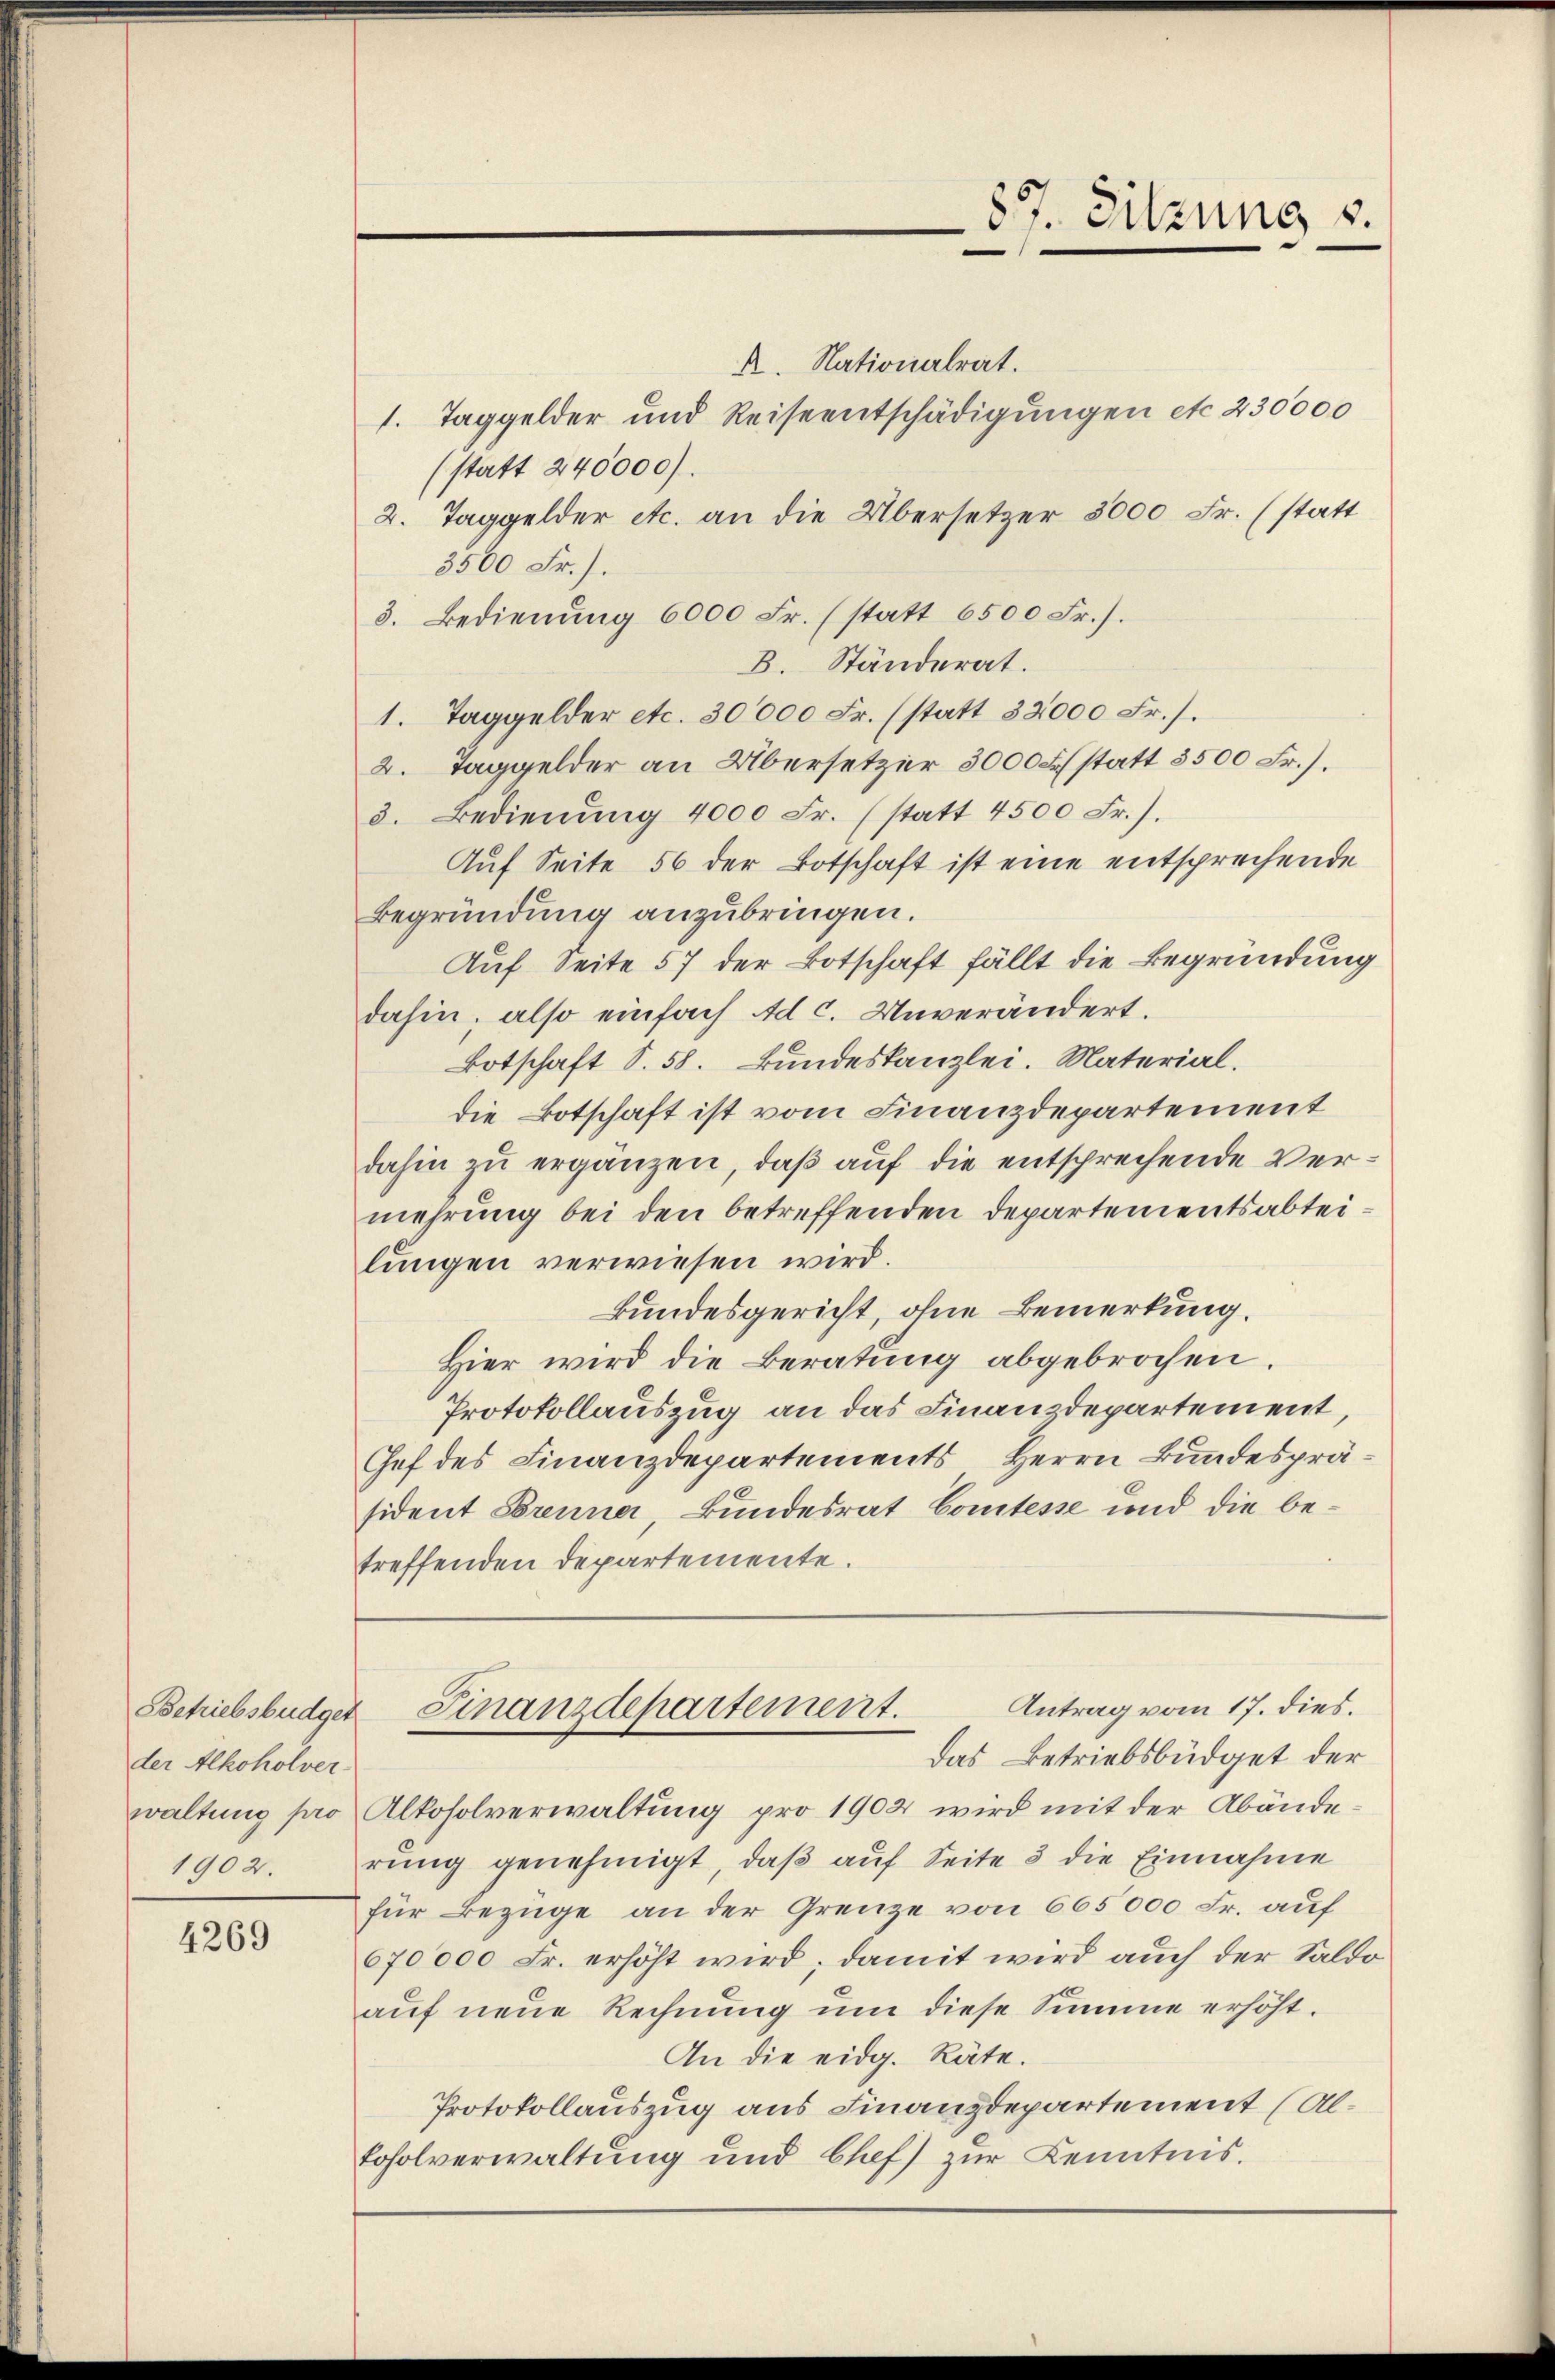
der Alkoholverwaltung pro

4269

A. Nationalrat.
1. Taggelder und Reiseentschädigungen etc. 230000
(statt 240000).
2. Taggelder etc. an die Übersetzer 3000 Fr. (statt
3500 Fr.).
3. Bedienung 6000 Fr. (statt 6500 Fr.).
B. Ständerat.
1. Taggelder etc. 30000 Fr. (statt 32000 Fr.).
2. Taggelder an Übersetzer 3000 Fr. statt 3500 Fr.).
3. Bedienung 4000 Fr. (statt 4500 Fr.).
Auf Seite 56 der Botschaft ist eine entsprechende
Begründung anzubringen.
Auf Seite 57 der Botschaft fällt die Begründung
dahin, also einfach Ad c. Unverändert.
Botschaft S. 58. Bundeskanzlei. Material.
die Botschaft ist vom Finanzdepartement
dahin zu ergänzen, daß auf die entsprechende Vermehrung bei den betreffenden Departementsabteilungen verwiesen wird.
Bundesgericht, ohne Bemerkung.
Hier wird die Beratung abgebrochen.
Protokollauszug an das Finanzdepartement,
Chef des Finanzdepartements, Herrn Bundespräsident Brenner, Bundesrat Comtesse und die betreffenden Departemente.
Antrag vom 17. dies.
Betriebsbüdget Finanzdepartement.
Das Betriebsbüdget der
Alkoholverwaltung pro 1902 wird mit der Abände¬
1902. rŭng genehmigt, daβ aŭf Seite 3 die Einnahme
für Bezüge an der Grenze von 665000 Fr. auf
670000 Fr. erhöht wird; damit wird auch der Saldo
auf neue Rechnung um diese Summe erhöht.
An die eidg. Räte.
Protokollauszug aus Finanzdepartement (Al¬
Loholverwaltung und Chef zur Kenntnis.

87. Sitzung v.